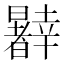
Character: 𰖹